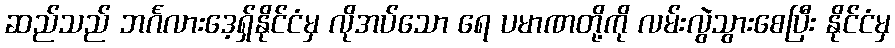
ဆည်သည် ဘင်္ဂလားဒေ့ရှ်နိုင်ငံမှ လိုအပ်သော ရေ ပမာဏတို့ကို လမ်းလွဲသွားစေပြီး နိုင်ငံမှ